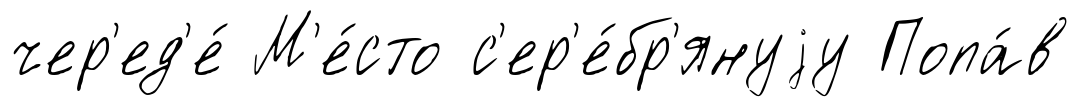
чер'ед'е́ М'е́сто с'ер'е́бр'януjу Попа́в